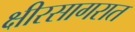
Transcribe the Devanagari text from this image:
क्षीरसागरात